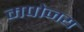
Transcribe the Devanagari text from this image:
मपोजय